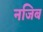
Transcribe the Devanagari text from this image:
नजिब